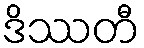
ဒိဿတီ